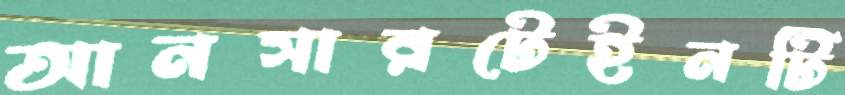
আনসারটেইনটি